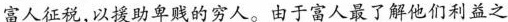
富人征税，以援助卑贱的穷人。由于富人最了解他们利益之